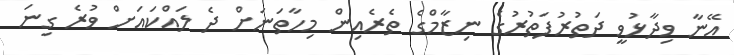
އޭނާ ވިދާޅުވީ ދަތުރުފަތުރުގެ ނިޒާމްގެ ތެރެއިން މިހާތަނަށް ދެ ލައްކައަށް ވުރެ ގިނަ